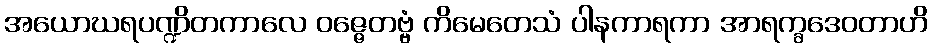
အယောဃရပဏ္ဍိတကာလေ ဝဇ္ဇေတဗ္ဗံ ကိမေတေသံ ပါနကာရကာ အာရက္ခဒေဝတာဟိ